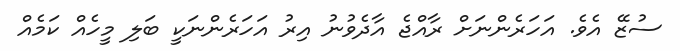
ސުޒޭ އެވެ. އަހަރެންނަށް ރާއްޖެ އާދެވުނު އިރު އަހަރެންނަކީ ބަލި މީހެއް ކަމެއް